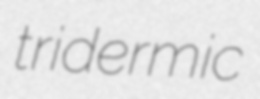
tridermic